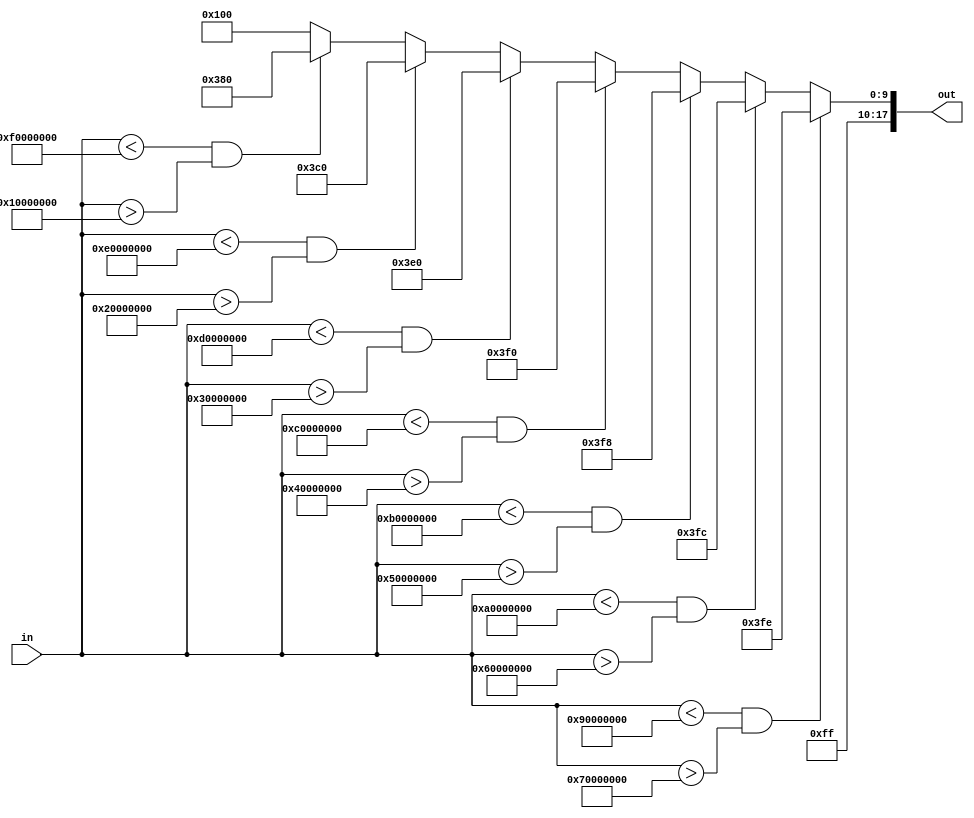
module LEDdriver (in, out);
	input [31:0] in;
	output [17:0] out;
	
	always@(in)
	begin
		if ( in < 32'h90000000 & in > 32'h70000000 )
			out = 20'b1111111111111111110;
		else if ( in < 32'hA0000000 & in > 32'h60000000 )
			out = 20'b1111111111111111100;
		else if ( in < 32'hB0000000 & in > 32'h50000000 )
			out = 20'b1111111111111111000;
		else if ( in < 32'hC0000000 & in > 32'h40000000 )
			out = 20'b1111111111111110000;
		else if ( in < 32'hD0000000 & in > 32'h30000000 )
			out = 20'b1111111111111100000;
		else if ( in < 32'hE0000000 & in > 32'h20000000 )
			out = 20'b1111111111111000000;
		else if ( in < 32'hF0000000 & in > 32'h10000000 )
			out = 20'b1111111111110000000;
		else
			out = 20'b111111110100000000;
	end
	
	
endmodule